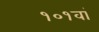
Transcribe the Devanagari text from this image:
१०१वां